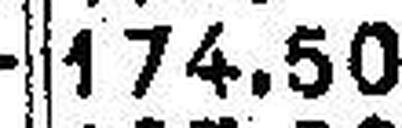
174.50